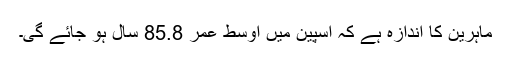
ماہرین کا اندازہ ہے کہ اسپین میں اوسط عمر 85.8 سال ہو جائے گی۔